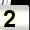
Digit: 2